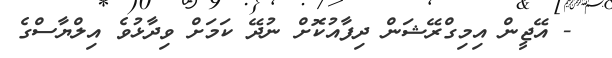
- އޭޖީން އިމިގްރޭޝަން ދިފާއުކޮށް ނުދޭ ކަމަށް ވިދާޅުވެ އިލްޔާސްގެ